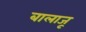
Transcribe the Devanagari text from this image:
बालाजू